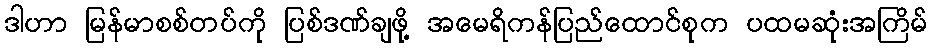
ဒါဟာ မြန်မာစစ်တပ်ကို ပြစ်ဒဏ်ချဖို့ အမေရိကန်ပြည်ထောင်စုက ပထမဆုံးအကြိမ်